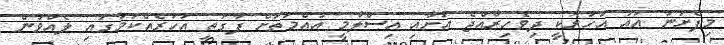
މިފެށުނު އައު އަހަރަކީ ދިވެހިރާއްޖެ އަށާއި އިސްލާމީ އުއްމަތަށް ފާގަތި އަހަރެއްކަމުގައި ލެއްވުން